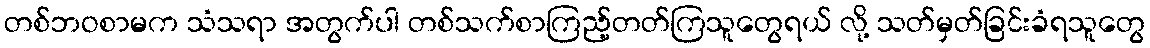
တစ်ဘဝစာမက သံသရာ အတွက်ပါ တစ်သက်စာကြည့်တတ်ကြသူတွေရယ် လို့ သတ်မှတ်ခြင်းခံရသူတွေ